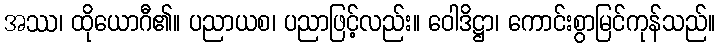
အဿ၊ ထိုယောဂီ၏။ ပညာယစ၊ ပညာဖြင့်လည်း။ ဝေါဒိဋ္ဌာ၊ ကောင်းစွာမြင်ကုန်သည်။